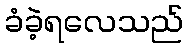
ခံခဲ့ရလေသည်